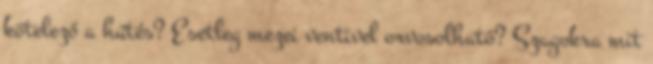
kötelező a hűtés? Esetleg mezei ventivel orvosolható? Szagokra mit